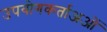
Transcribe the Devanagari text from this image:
उपयोगकर्ताअओं